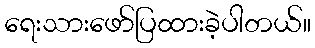
ရေးသားဖော်ပြထားခဲ့ပါတယ်။